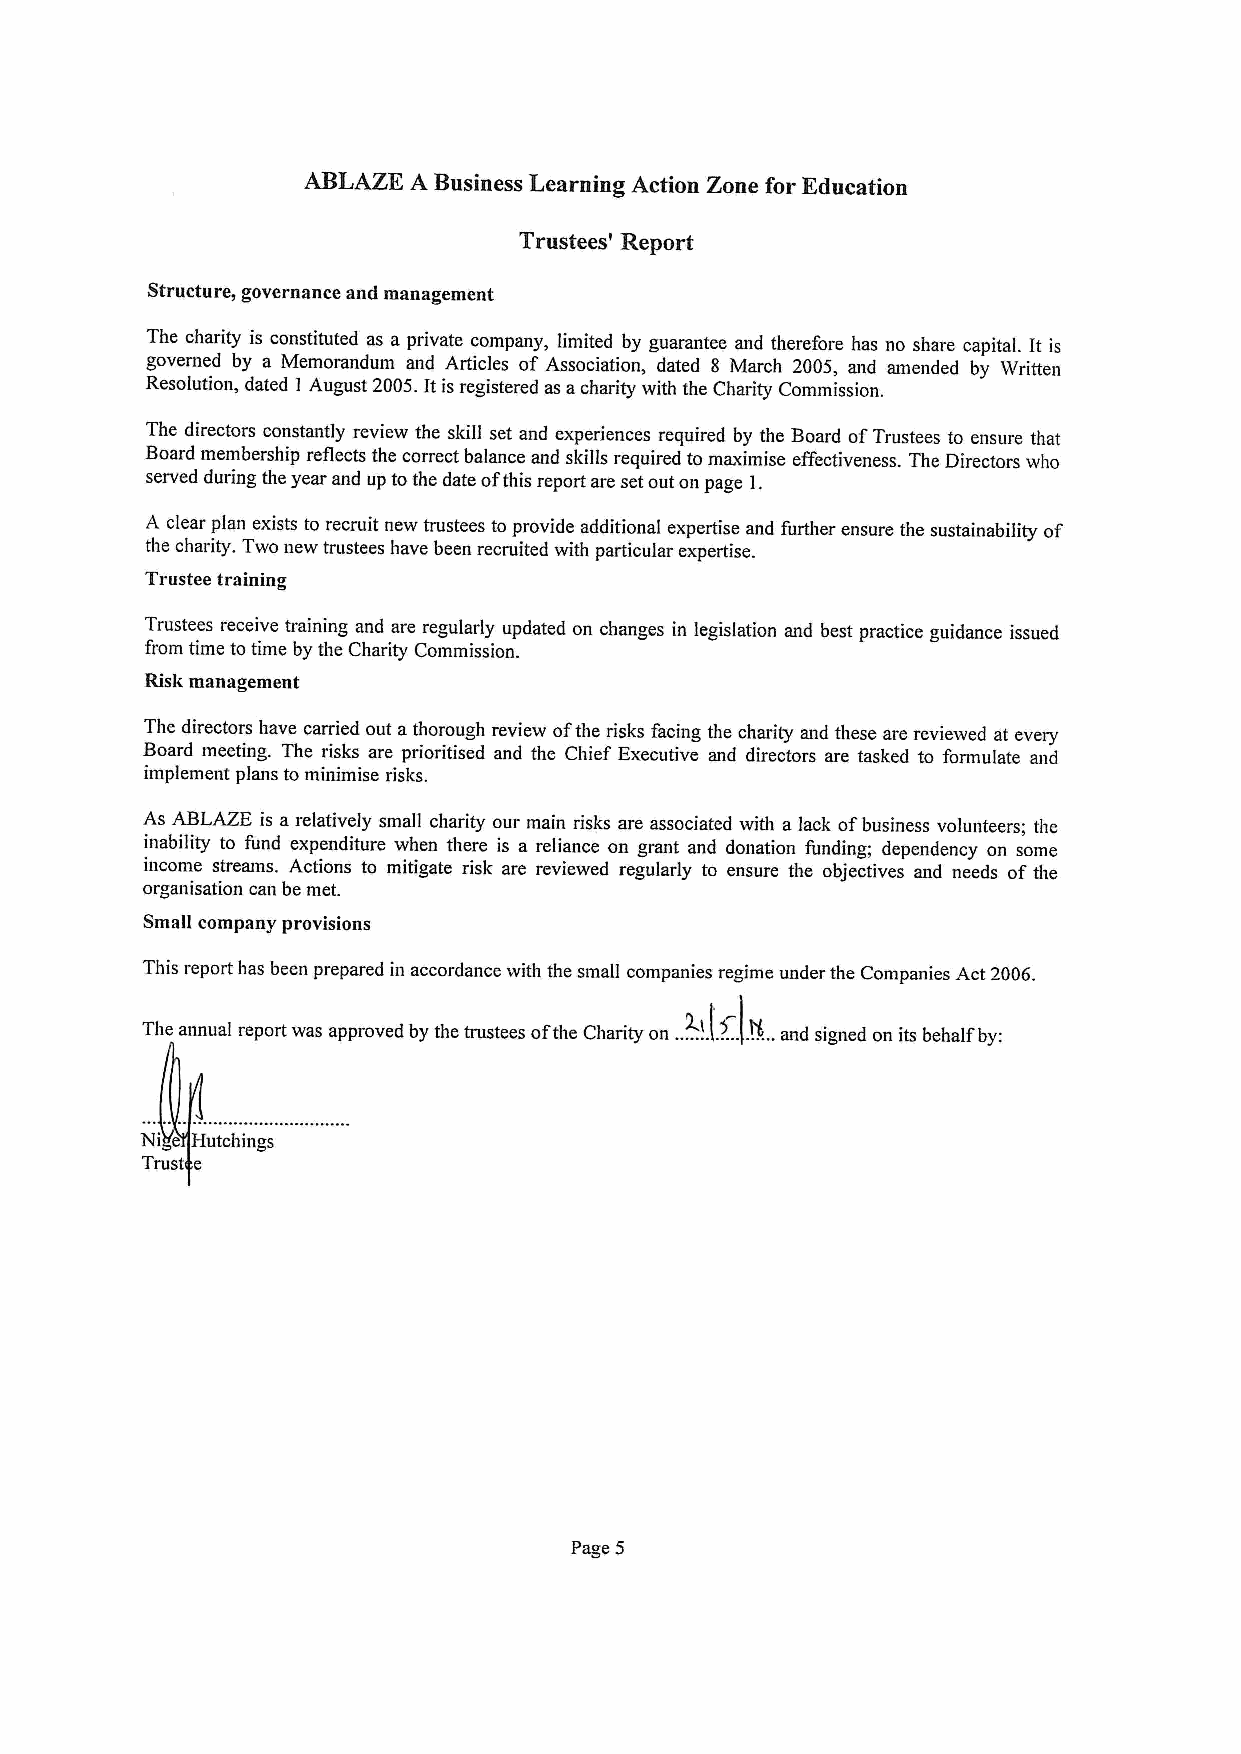
ABLAZE A Business Learning Action Zone for Education
 Trustees' Report
 Structure, governance and management
 The charity is constituted as a private company, limited by guarantee and therefore has no share capital. It is
 governed by a Memorandum and Articles of Association, dated 8 March 2005, and amended by Written
 Resolution, dated I August 2005.Itis registered as acharity with the Charity Commission.
 The directors constantly review the skill set and experiences required by the Board ofTrustees to ensure that
 Board membership reflects the correct balance and skills required tomaximise effectiveness. The Directors who
 served during the year and up tothe date ofthis report are set out on page 1.
 A clear plan exists to recruit new trustees to provide additional expertise and further ensure the sustainability of
 the charity. Two new trustees have been recruited with particular expertise.
 Trustee training
 Trustees receive training and are regularly updated on changes in legislation and best practice guidance issued
 from time to time by the Charity Commission.
 Risk management
 The directors have carried out athorough review ofthe risks facing the charity and these are reviewed at every
 Board meeting. The risks are prioritised and the Chief Executive and directors are tasked to formulate and
 implement plans tominimise risks.
 As ABLAZE is arelatively small charity our main risks are associated with a lack ofbusiness volunteers; the
 inability to fund expenditure when there is a reliance on grant and donation funding; dependency on some
 income streams. Actions to mitigate risk are reviewed regularly to ensure the objectives and needs of the
 organisation can be met.
 Small company provisions
 This report has been prepared in accordance with the small companies regime under the Companies Act 2006.
 2
 The annual report was approved by the trustees ofthe Charity on
 ..~...l
 I.
 5.
 .and signed on its behalf by:
 Ni e Hutchings
 Trust e
 Page 5